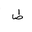
Letter: _da